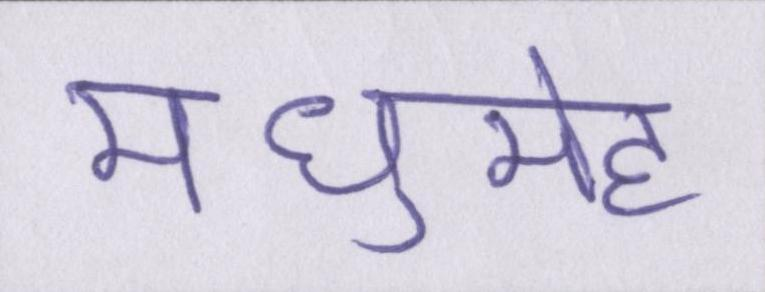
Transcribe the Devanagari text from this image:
मधुमेह